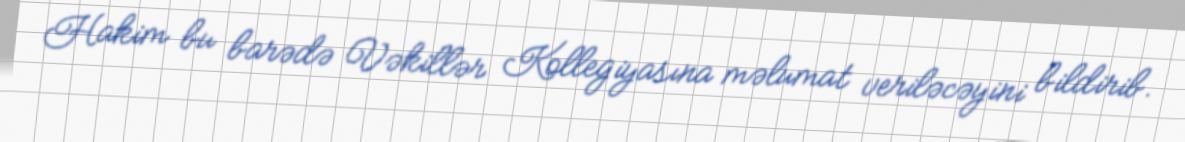
Hakim bu barədə Vəkillər Kollegiyasına məlumat veriləcəyini bildirib.